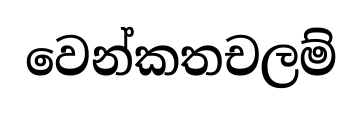
වෙන්කතචලම්